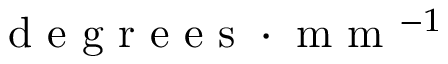
\mathrm { ~ d ~ e ~ g ~ r ~ e ~ e ~ s ~ } \cdot \mathrm { ~ m ~ m ~ } ^ { - 1 }